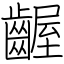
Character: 齷